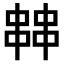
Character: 𠁷